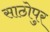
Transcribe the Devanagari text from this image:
साठोपुर